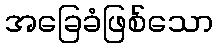
အခြေခံဖြစ်သော